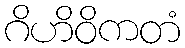
ဂိဟိဝိကတံ